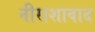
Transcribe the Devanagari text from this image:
नीराशावाद